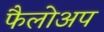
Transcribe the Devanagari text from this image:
फैलोअप